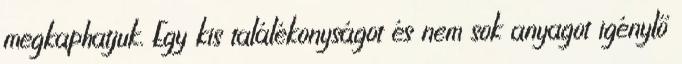
megkaphatjuk. Egy kis találékonyságot és nem sok anyagot igénylő